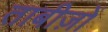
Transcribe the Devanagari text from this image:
ताबीज़ों